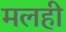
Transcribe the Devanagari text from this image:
मलही